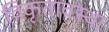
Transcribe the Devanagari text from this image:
विकृतावस्था